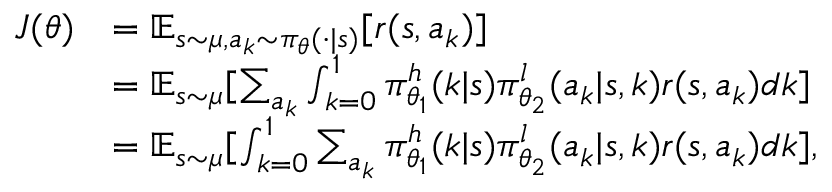
\begin{array} { r l } { J ( \theta ) } & { = \mathbb { E } _ { s \sim \mu , a _ { k } \sim \pi _ { \theta } ( \cdot | s ) } [ r ( s , a _ { k } ) ] } \\ & { = \mathbb { E } _ { s \sim \mu } [ \sum _ { a _ { k } } \int _ { k = 0 } ^ { 1 } \pi _ { \theta _ { 1 } } ^ { h } ( k | s ) \pi _ { \theta _ { 2 } } ^ { l } ( a _ { k } | s , k ) r ( s , a _ { k } ) d k ] } \\ & { = \mathbb { E } _ { s \sim \mu } [ \int _ { k = 0 } ^ { 1 } \sum _ { a _ { k } } \pi _ { \theta _ { 1 } } ^ { h } ( k | s ) \pi _ { \theta _ { 2 } } ^ { l } ( a _ { k } | s , k ) r ( s , a _ { k } ) d k ] , } \end{array}